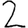
Digit: 2